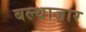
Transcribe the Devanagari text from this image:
बल्थाज़ार